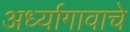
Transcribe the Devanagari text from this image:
अर्ध्यागावाचे